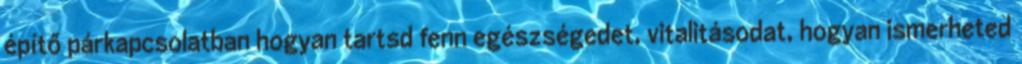
építő párkapcsolatban hogyan tartsd fenn egészségedet, vitalitásodat, hogyan ismerheted